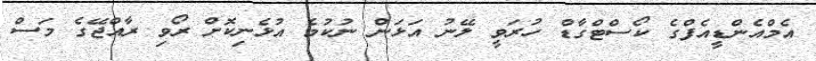
އެމްއެންޑީއެފްގެ ކޯސްޓްގާޑް ހުރަވީ ލޭނު އަޅަން ނުކުމެ އުޅެނިކޮށް ރޯވި ރާއްޖޭގެ މަސް